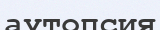
аутопсия